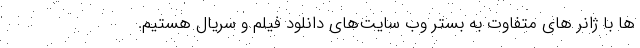
ها با ژانر های متفاوت به بستر وب سایت‌های دانلود فیلم و سریال هستیم.